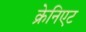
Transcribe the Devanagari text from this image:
क्रेनिएट